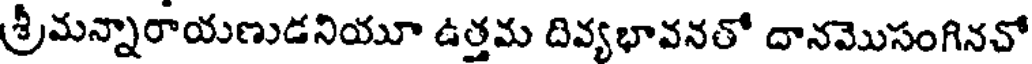
శ్రీమన్నారాయణుడనియూ ఉత్తమ దివ్యభావనతో దానమొసంగినచో